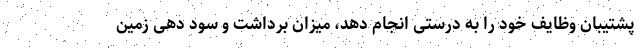
پشتیبان وظایف خود را به درستی انجام دهد، میزان برداشت و سود دهی زمین